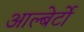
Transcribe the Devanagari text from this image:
आल्बेर्टो